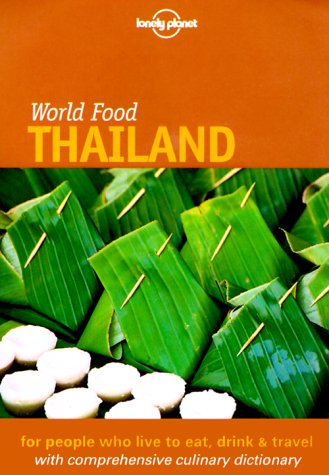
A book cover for Lonely Planet World Food Thailand; Joe Cummings; Cookbooks, Food & Wine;